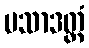
ပသာဒတ္ထံ